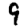
Digit: 9